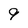
Character: 9